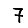
Digit: 7